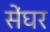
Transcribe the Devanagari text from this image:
सेंघर